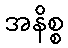
အနိစ္စ